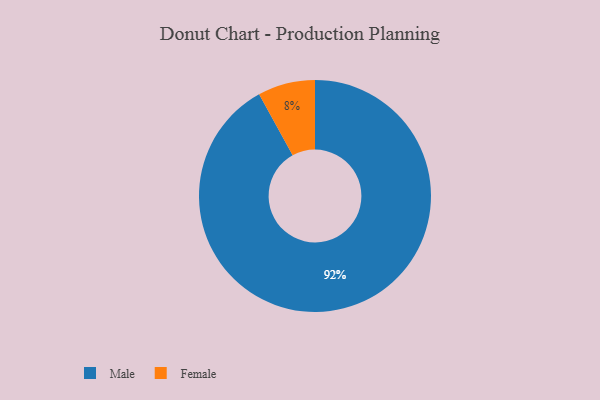
{"axis": {"x": "Category", "y": "Percentage"}, "legend": ["Female", "Male"], "data": [{"x": "Female", "y": 8, "type": "Female"}, {"x": "Male", "y": 92, "type": "Male"}]}